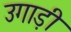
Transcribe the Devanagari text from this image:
उगाड़ी